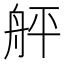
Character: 𦨫